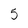
Character: 5